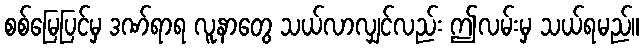
စစ်မြေပြင်မှ ဒဏ်ရာရ လူနာတွေ သယ်လာလျှင်လည်း ဤလမ်းမှ သယ်ရမည်။